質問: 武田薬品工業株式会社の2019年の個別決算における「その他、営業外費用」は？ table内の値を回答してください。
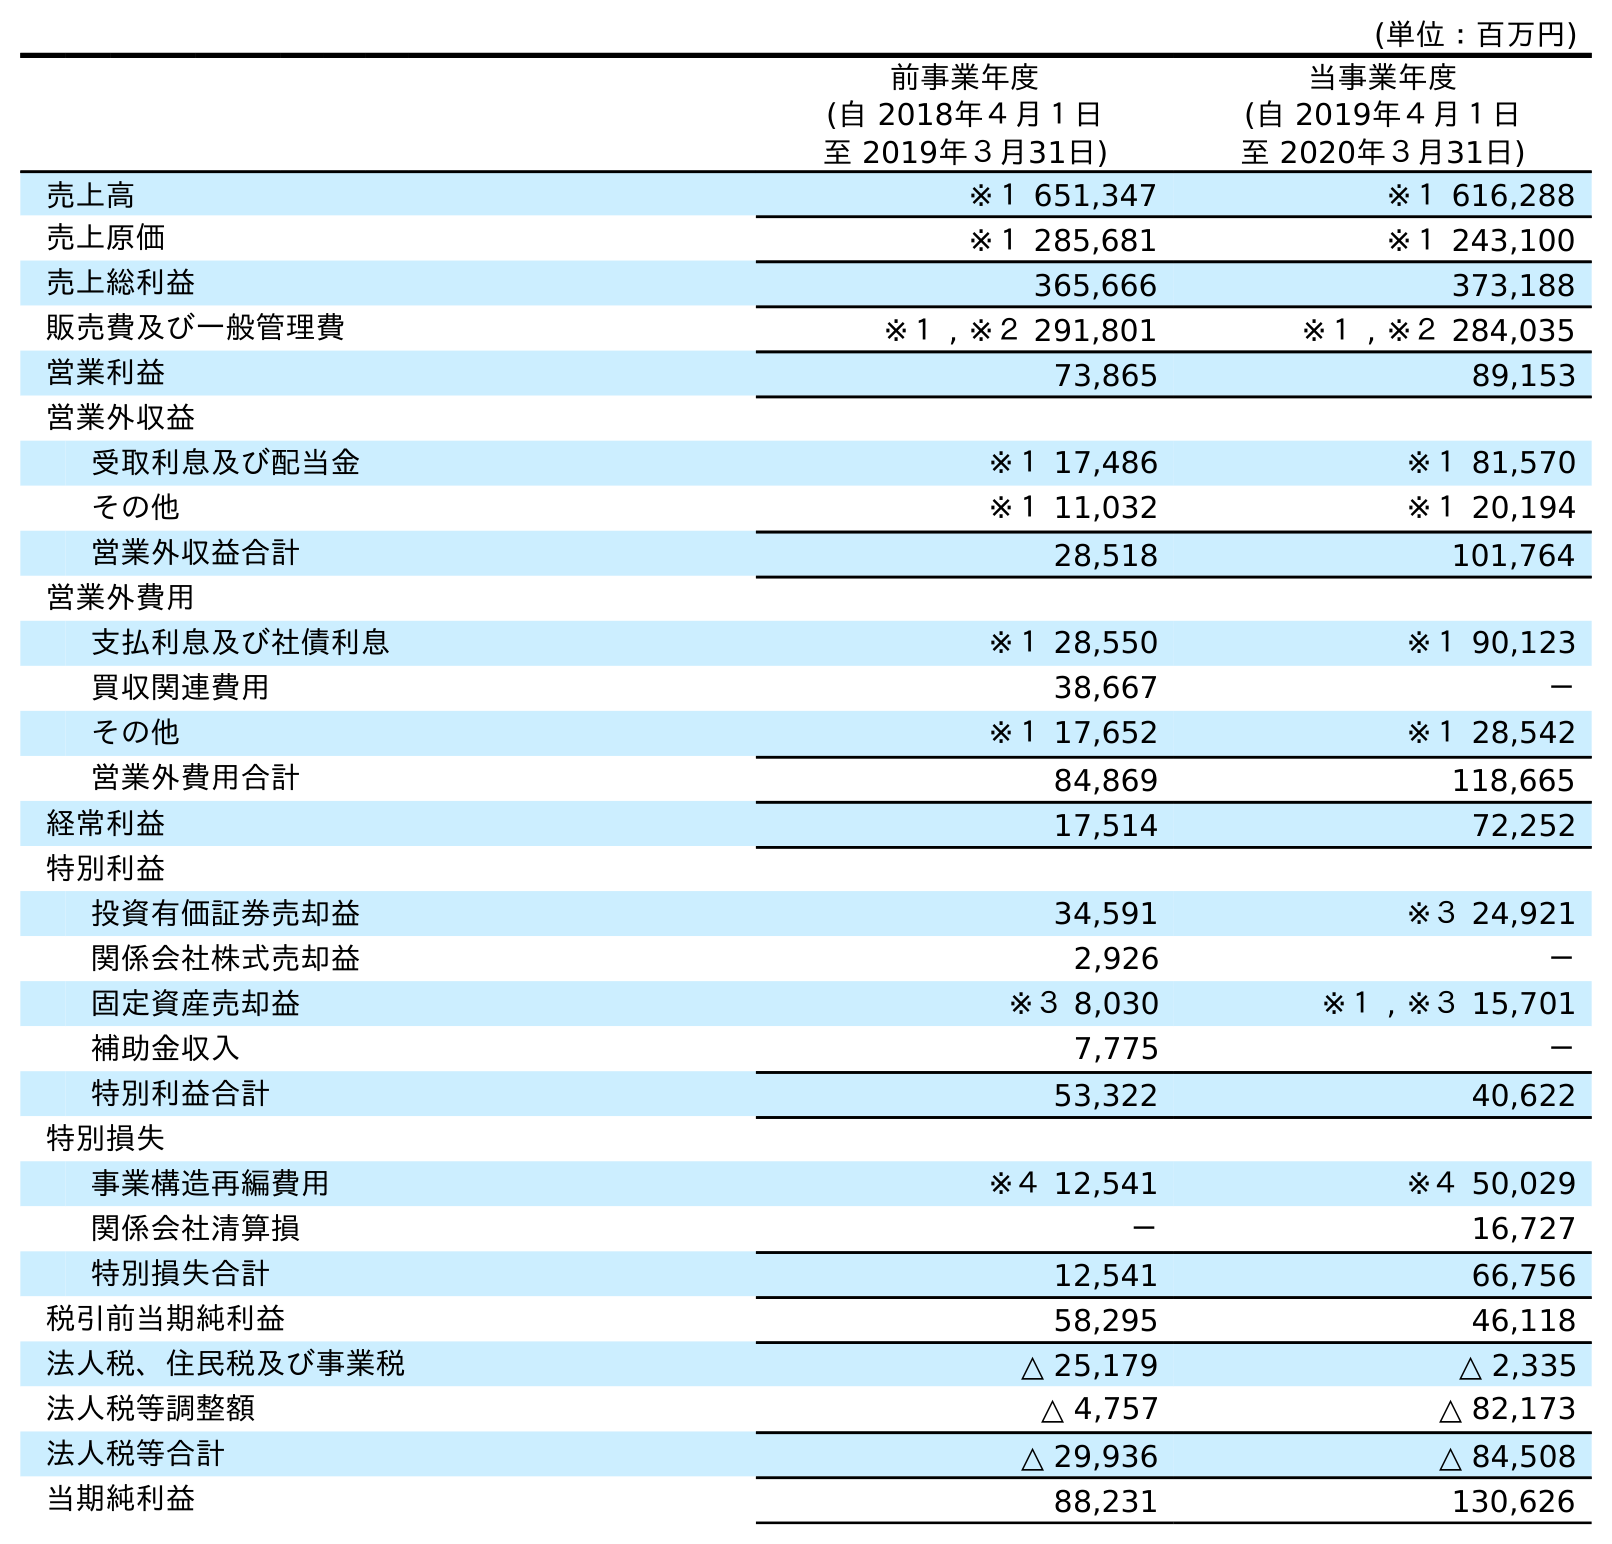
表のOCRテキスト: (単位：百万円) 前事業年度 (自 2018年４月１日 至 2019年３月31日) 当事業年度 (自 2019年４月１日 至 2020年３月31日) 売上高 ※１ 651,347 ※１ 616,288 売上原価 ※１ 285,681 ※１ 243,100 売上総利益 365,666 373,188 販売費及び一般管理費 ※１ , ※２ 291,801 ※１ , ※２ 284,035 営業利益 73,865 89,153 営業外収益 受取利息及び配当金 ※１ 17,486 ※１ 81,570 その他 ※１ 11,032 ※１ 20,194 営業外収益合計 28,518 101,764 営業外費用 支払利息及び社債利息 ※１ 28,550 ※１ 90,123 買収関連費用 38,667 － その他 ※１ 17,652 ※１ 28,542 営業外費用合計 84,869 118,665 経常利益 17,514 72,252 特別利益 投資有価証券売却益 34,591 ※３ 24,921 関係会社株式売却益 2,926 － 固定資産売却益 ※３ 8,030 ※１ , ※３ 15,701 補助金収入 7,775 － 特別利益合計 53,322 40,622 特別損失 事業構造再編費用 ※４ 12,541 ※４ 50,029 関係会社清算損 － 16,727 特別損失合計 12,541 66,756 税引前当期純利益 58,295 46,118 法人税、住民税及び事業税 △ 25,179 △ 2,335 法人税等調整額 △ 4,757 △ 82,173 法人税等合計 △ 29,936 △ 84,508 当期純利益 88,231 130,626
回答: ※１17,652